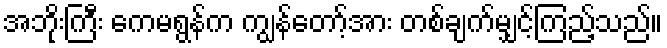
အဘိုးကြီး ကေမရွန်က ကျွန်တော့်အား တစ်ချက်မျှင့်ကြည့်သည်။